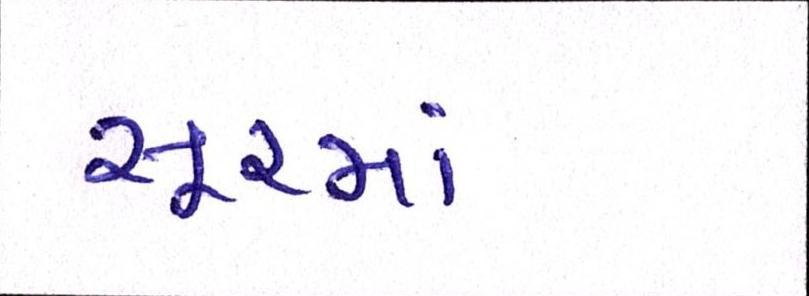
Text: સૂરમાં